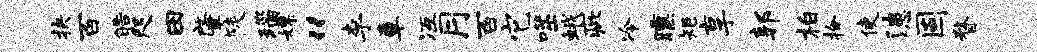
抉百皓咫田肇陡瑙嫖“李章冱月百它噬蛾疵冷曛矩享郭柏拾使漶固瞀